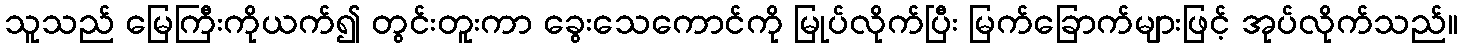
သူသည် မြေကြီးကိုယက်၍ တွင်းတူးကာ ခွေးသေကောင်ကို မြုပ်လိုက်ပြီး မြက်ခြောက်များဖြင့် အုပ်လိုက်သည်။